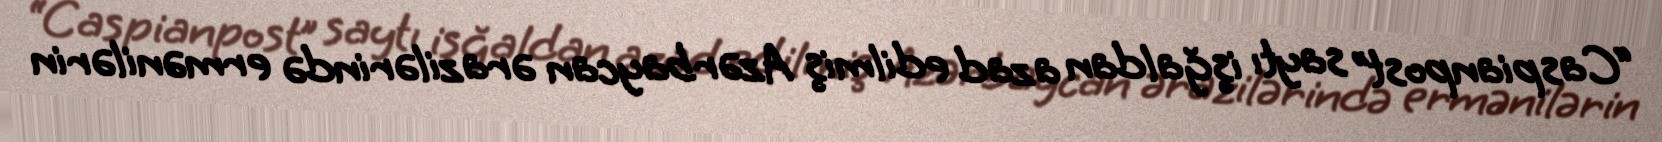
“Caspianpost” saytı işğaldan azad edilmiş Azərbaycan ərazilərində ermənilərin